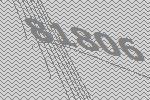
81806